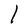
Character: l